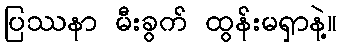
ပြဿနာ မီးခွက် ထွန်းမရှာနဲ့။